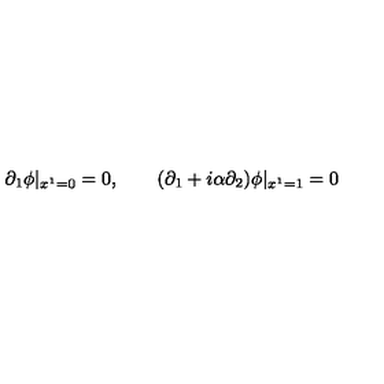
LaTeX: \partial _ { 1 } \phi | _ { x ^ { 1 } = 0 } = 0 , \qquad ( \partial _ { 1 } + i \alpha \partial _ { 2 } ) \phi | _ { x ^ { 1 } = 1 } = 0